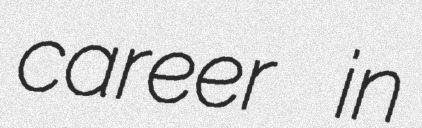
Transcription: career in